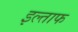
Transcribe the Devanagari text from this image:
इल्ताफ